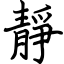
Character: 靜